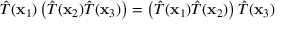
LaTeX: { \hat { T } } ( \mathbf { x } _ { 1 } ) \left( { \hat { T } } ( \mathbf { x } _ { 2 } ) { \hat { T } } ( \mathbf { x } _ { 3 } ) \right) = \left( { \hat { T } } ( \mathbf { x } _ { 1 } ) { \hat { T } } ( \mathbf { x } _ { 2 } ) \right) { \hat { T } } ( \mathbf { x } _ { 3 } )